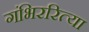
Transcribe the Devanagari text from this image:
गंभिररित्या